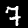
Digit: 7